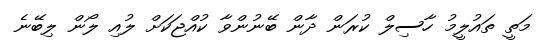
މަތީ ތައުލީމު ހާސިލް ކުރަން ދާން ބޭނުންވާ ކުއްޖަކަށް ލުއި ލޯން ލިބޭނެ